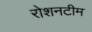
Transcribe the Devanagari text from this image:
रोशनटीम